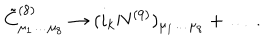
LaTeX: { \tilde { C } } _ { \mu _ { 1 } \dots \mu _ { 8 } } ^ { ( 8 ) } \rightarrow ( i _ { k } N ^ { ( 9 ) } ) _ { \mu _ { 1 } \dots \mu _ { 8 } } + \dots \, .